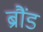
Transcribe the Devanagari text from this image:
ब्रौंड